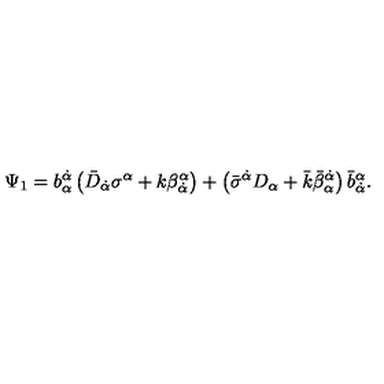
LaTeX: \Psi _ { 1 } = b _ { \alpha } ^ { \dot { \alpha } } \left( \bar { D } _ { \dot { \alpha } } \sigma ^ { \alpha } + k \beta _ { \dot { \alpha } } ^ { \alpha } \right) + \left( \bar { \sigma } ^ { \dot { \alpha } } D _ { \alpha } + \bar { k } \bar { \beta } _ { \alpha } ^ { \dot { \alpha } } \right) \bar { b } _ { \dot { \alpha } } ^ { \alpha } .